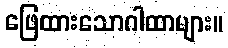
ဖြေထားသောဂါထာများ။